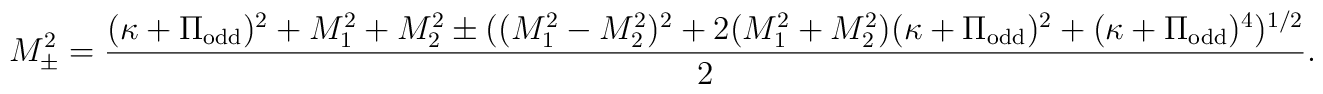
M_{\pm}^2 = \frac{(\kappa + \Pi_{\rm odd})^2 + M_1^2 + M_2^2 \pm ((M_1^2-M_2^2)^2 + 2 (M_1^2 + M_2^2)(\kappa + \Pi_{\rm odd})^2 + (\kappa +\Pi_{\rm odd})^4)^{1/2}}{2}.